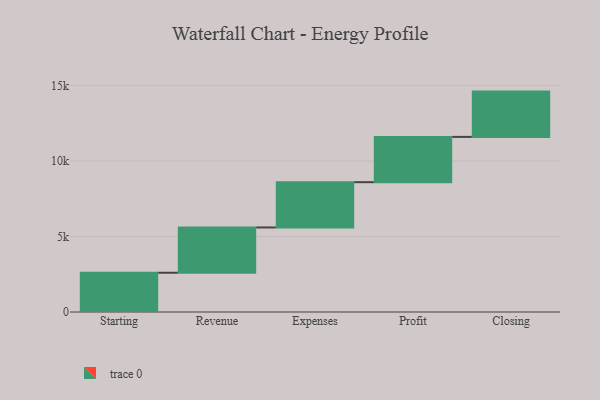
{"axis": {"x": "Step", "y": "Value"}, "legend": [""], "data": [{"x": "Starting", "y": 2600.0, "type": ""}, {"x": "Revenue", "y": 3000, "type": ""}, {"x": "Expenses", "y": 3000, "type": ""}, {"x": "Profit", "y": 3000, "type": ""}, {"x": "Closing", "y": 3000, "type": ""}]}